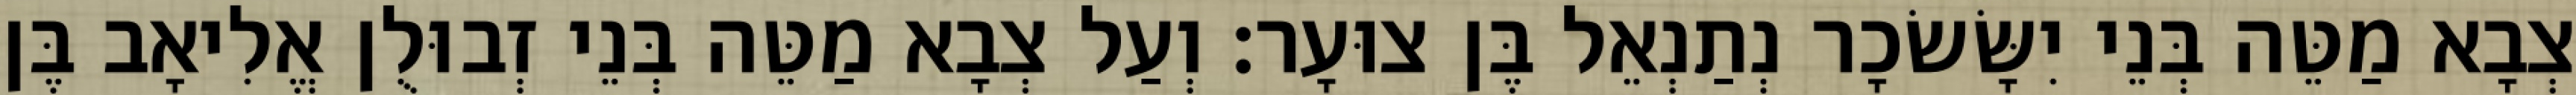
צְבָא מַטֵּה בְּנֵי יִשָּׂשׂכָר נְתַנְאֵל בֶּן צוּעָר׃ וְעַל צְבָא מַטֵּה בְּנֵי זְבוּלֻן אֱלִיאָב בֶּן